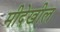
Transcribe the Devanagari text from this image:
मीदेखील